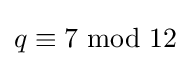
q\equiv 7\ {\text{mod}}\ 12